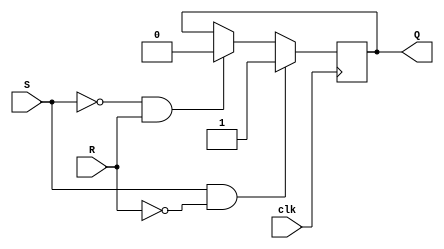
module sr_flipflop(
    input S,  // Set input
    input R,  // Reset input
    input clk,  // Clock input
    output reg Q  // Output
);

always@(posedge clk) begin
    if(S && !R) begin
        Q <= 1;  // Set output to 1
    end
    else if(!S && R) begin
        Q <= 0;  // Reset output to 0
    end
    // Do nothing if both set and reset are high, or both are low
end

endmodule